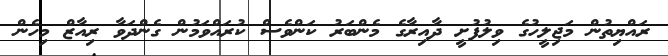
ރައްޔިތުން މަޖިލީހުގެ ވިލުފުށީ ދާއިރާގެ މެންބަރު ކަންވެސް ކުރައްވަމުން ގެންދަވާ ރިއާޒް މިހެން